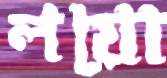
লয়ো